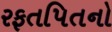
રફતપિતનો